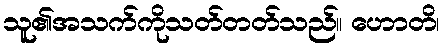
သူ၏အသက်ကိုသတ်တတ်သည်။ ဟောတိ၊